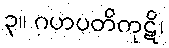
၃။ ဂဟပတိကုဋိ၊